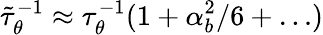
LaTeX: \tilde{\tau}_{\theta}^{-1}\approx\tau_{\theta}^{-1}(1+\alpha_{b}^{2}/6+\dots)